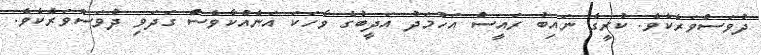
ދުވަސްވަރެކެވެ. ކުރީގެ ނައިބު ރައީސް އަހުމަދު އަދީބުގެ ވާހަކަ އަނެއްކާވެސް ގަދަވި ދުވަސްވަރެކެވެ.